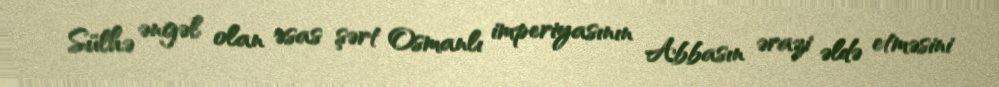
Sülhə əngəl olan əsas şərt Osmanlı imperiyasının Abbasın ərazi əldə etməsini